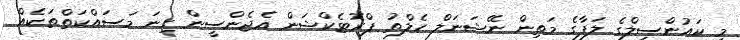
މި ކައުންސިލްގެ ލަފާގެ މަތިން ނޭޝަނަލް ހެލްތު ޕްރޮޓެކްޝަން އެޖެންސީން ގިނަ މަސައްކަތްތަކެއް